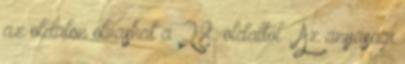
az oldalon olvashat a 28. oldaltól . Az anyasági